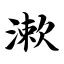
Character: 漱